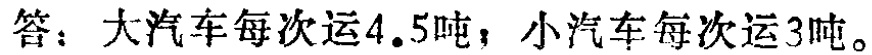
答：大汽车每次运$4.5$吨，小汽车每次运$3$吨。